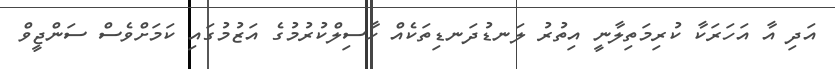
އަދި އާ އަހަރަކާ ކުރިމަތިލާނީ އިތުރު ލަނޑުދަނޑިތަކެއް ހާސިލްކުރުމުގެ އަޒުމުގައި ކަމަށްވެސް ސަންޖީވް